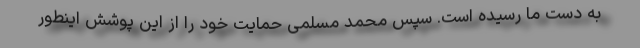
به دست ما رسیده است. سپس محمد مسلمی حمایت خود را از این پوشش اینطور